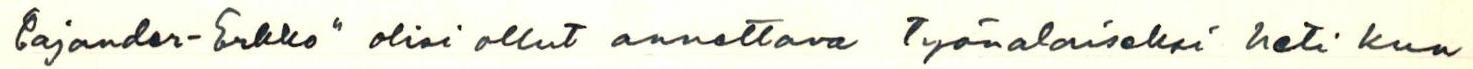
Cajander-Erkko" olisi ollut annettava työnalaiseksi heti kun